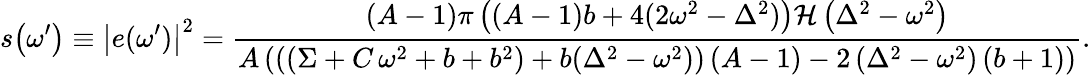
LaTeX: s\! \left(\omega^{\prime}\right)\equiv\left|e(\omega^{\prime})\right|^{2}=\frac{\left(A-1\right)\pi\left(\left(A-1\right)b+4(2\omega^{2}-\Delta^{2})\right)\mathcal{H}\left(\Delta^{2}-\omega^{2}\right)}{A\left(\left((\Sigma+C\, \omega^{2}+b+b^{2})+b(\Delta^{2}-\omega^{2})\right)\left(A-1\right)-2\left(\Delta^{2}-\omega^{2}\right)\left(b+1\right)\right)}.